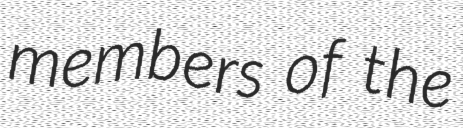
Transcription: members of the